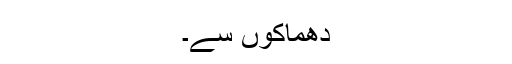
دھماکوں سے۔